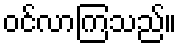
ဝင်လာကြသည်။